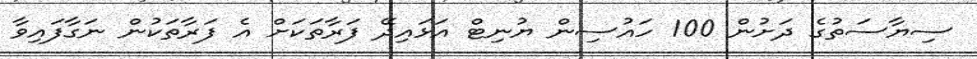
ސިޔާސަތުގެ ދަށުން 100 ހައުސިން ޔުނިޓް އަޅައިދޭ ފަރާތަކަށް އެ ފަރާތަކުން ނަގާފައިވާ